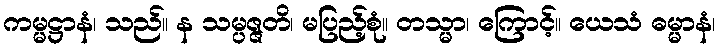
ကမ္မဋ္ဌာနံ၊ သည်။ န သမ္ပဇ္ဇတိ၊ မပြည့်စုံ။ တသ္မာ၊ ကြောင့်။ ယေသံ ဓမ္မာနံ၊